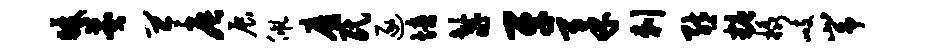
暖莽苓辰展佩靡民逐培鬣牙柔剌熊糖橇峙峥